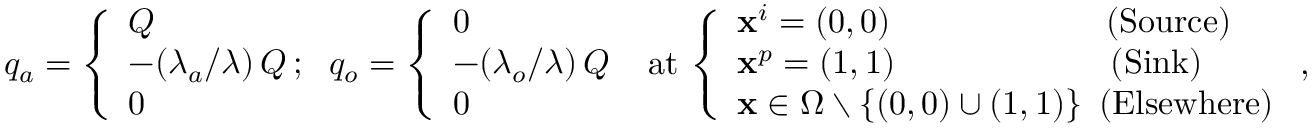
\begin{array} { r l } & { q _ { a } = \left\{ \begin{array} { l l } { Q } \\ { - ( \ensuremath { \lambda } _ { a } / \ensuremath { \lambda } ) \, Q \, ; } \\ { 0 } \end{array} \right. q _ { o } = \left\{ \begin{array} { l l } { 0 } \\ { - ( \ensuremath { \lambda } _ { o } / \ensuremath { \lambda } ) \, Q } \\ { 0 } \end{array} \right. \mathrm { ~ a t } \, \left\{ \begin{array} { l l } { { \bf x } ^ { i } = ( 0 , 0 ) \qquad \qquad \qquad \mathrm { ~ ( S o u r c e ) } } \\ { { \bf x } ^ { p } = ( 1 , 1 ) \qquad \qquad \qquad \mathrm { ~ ( S i n k ) } } \\ { { \bf x } \in \Omega \setminus \{ ( 0 , 0 ) \cup ( 1 , 1 ) \} \, \mathrm { ~ ( E l s e w h e r e ) } } \end{array} \right. , } \end{array}